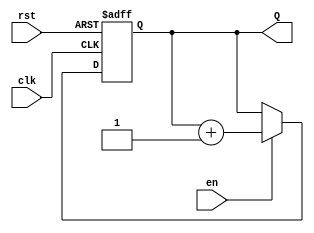
module binary_up_counter #(
    parameter N = 4  // Parameter for the number of bits in the counter
)(
    input wire clk,   // Clock input
    input wire rst,   // Asynchronous reset input
    input wire en,    // Enable input
    output reg [N-1:0] Q  // N-bit output for the counter
);

// Always block triggered on the rising edge of the clock or when reset is asserted
always @(posedge clk or posedge rst) begin
    if (rst) begin
        // Reset the counter to 0
        Q <= 0;
    end else if (en) begin
        // Increment the counter if enabled
        Q <= Q + 1;
    end
    // If not reset and not enabled, retain the current value of Q
end

endmodule